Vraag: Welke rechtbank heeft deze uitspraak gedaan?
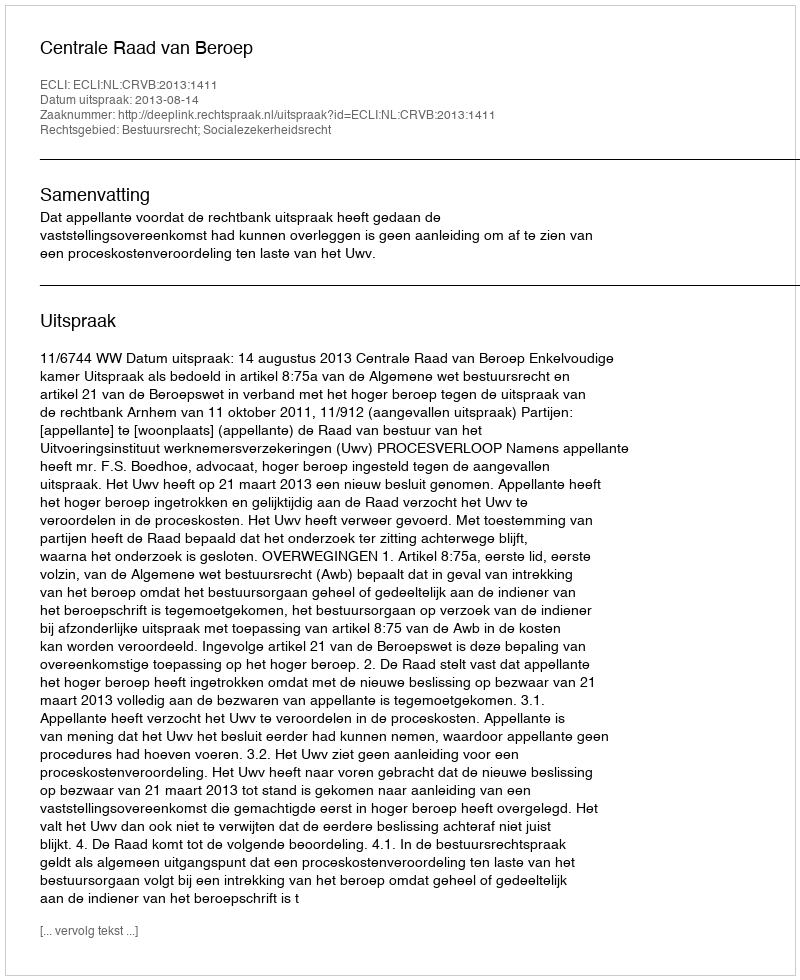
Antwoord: Centrale Raad van Beroep